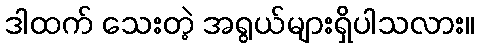
ဒါထက် သေးတဲ့ အရွယ်များရှိပါသလား။